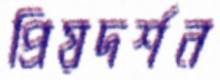
প্রিয়দর্শন